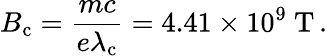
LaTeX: B_{\mathrm{c}}={\frac{mc}{e\lambda_{\mathrm{c}}}}=4.41\times 10^{9}{\mathrm{~T}}\, .